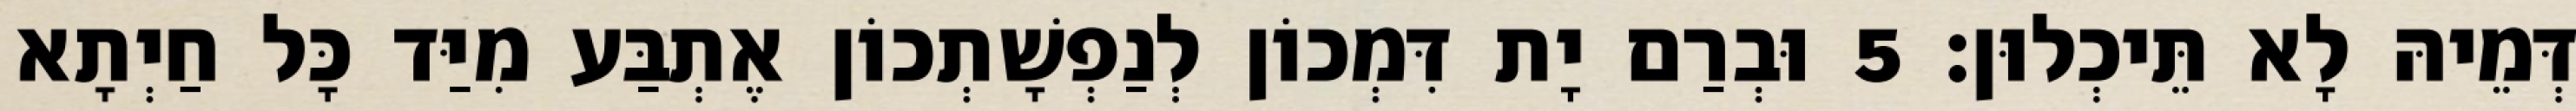
דְּמֵיהּ לָא תֵּיכְלוּן׃ 5 וּבְרַם יָת דִּמְכוֹן לְנַפְשָׁתְכוֹן אֶתְבַּע מִיַּד כָּל חַיְתָא